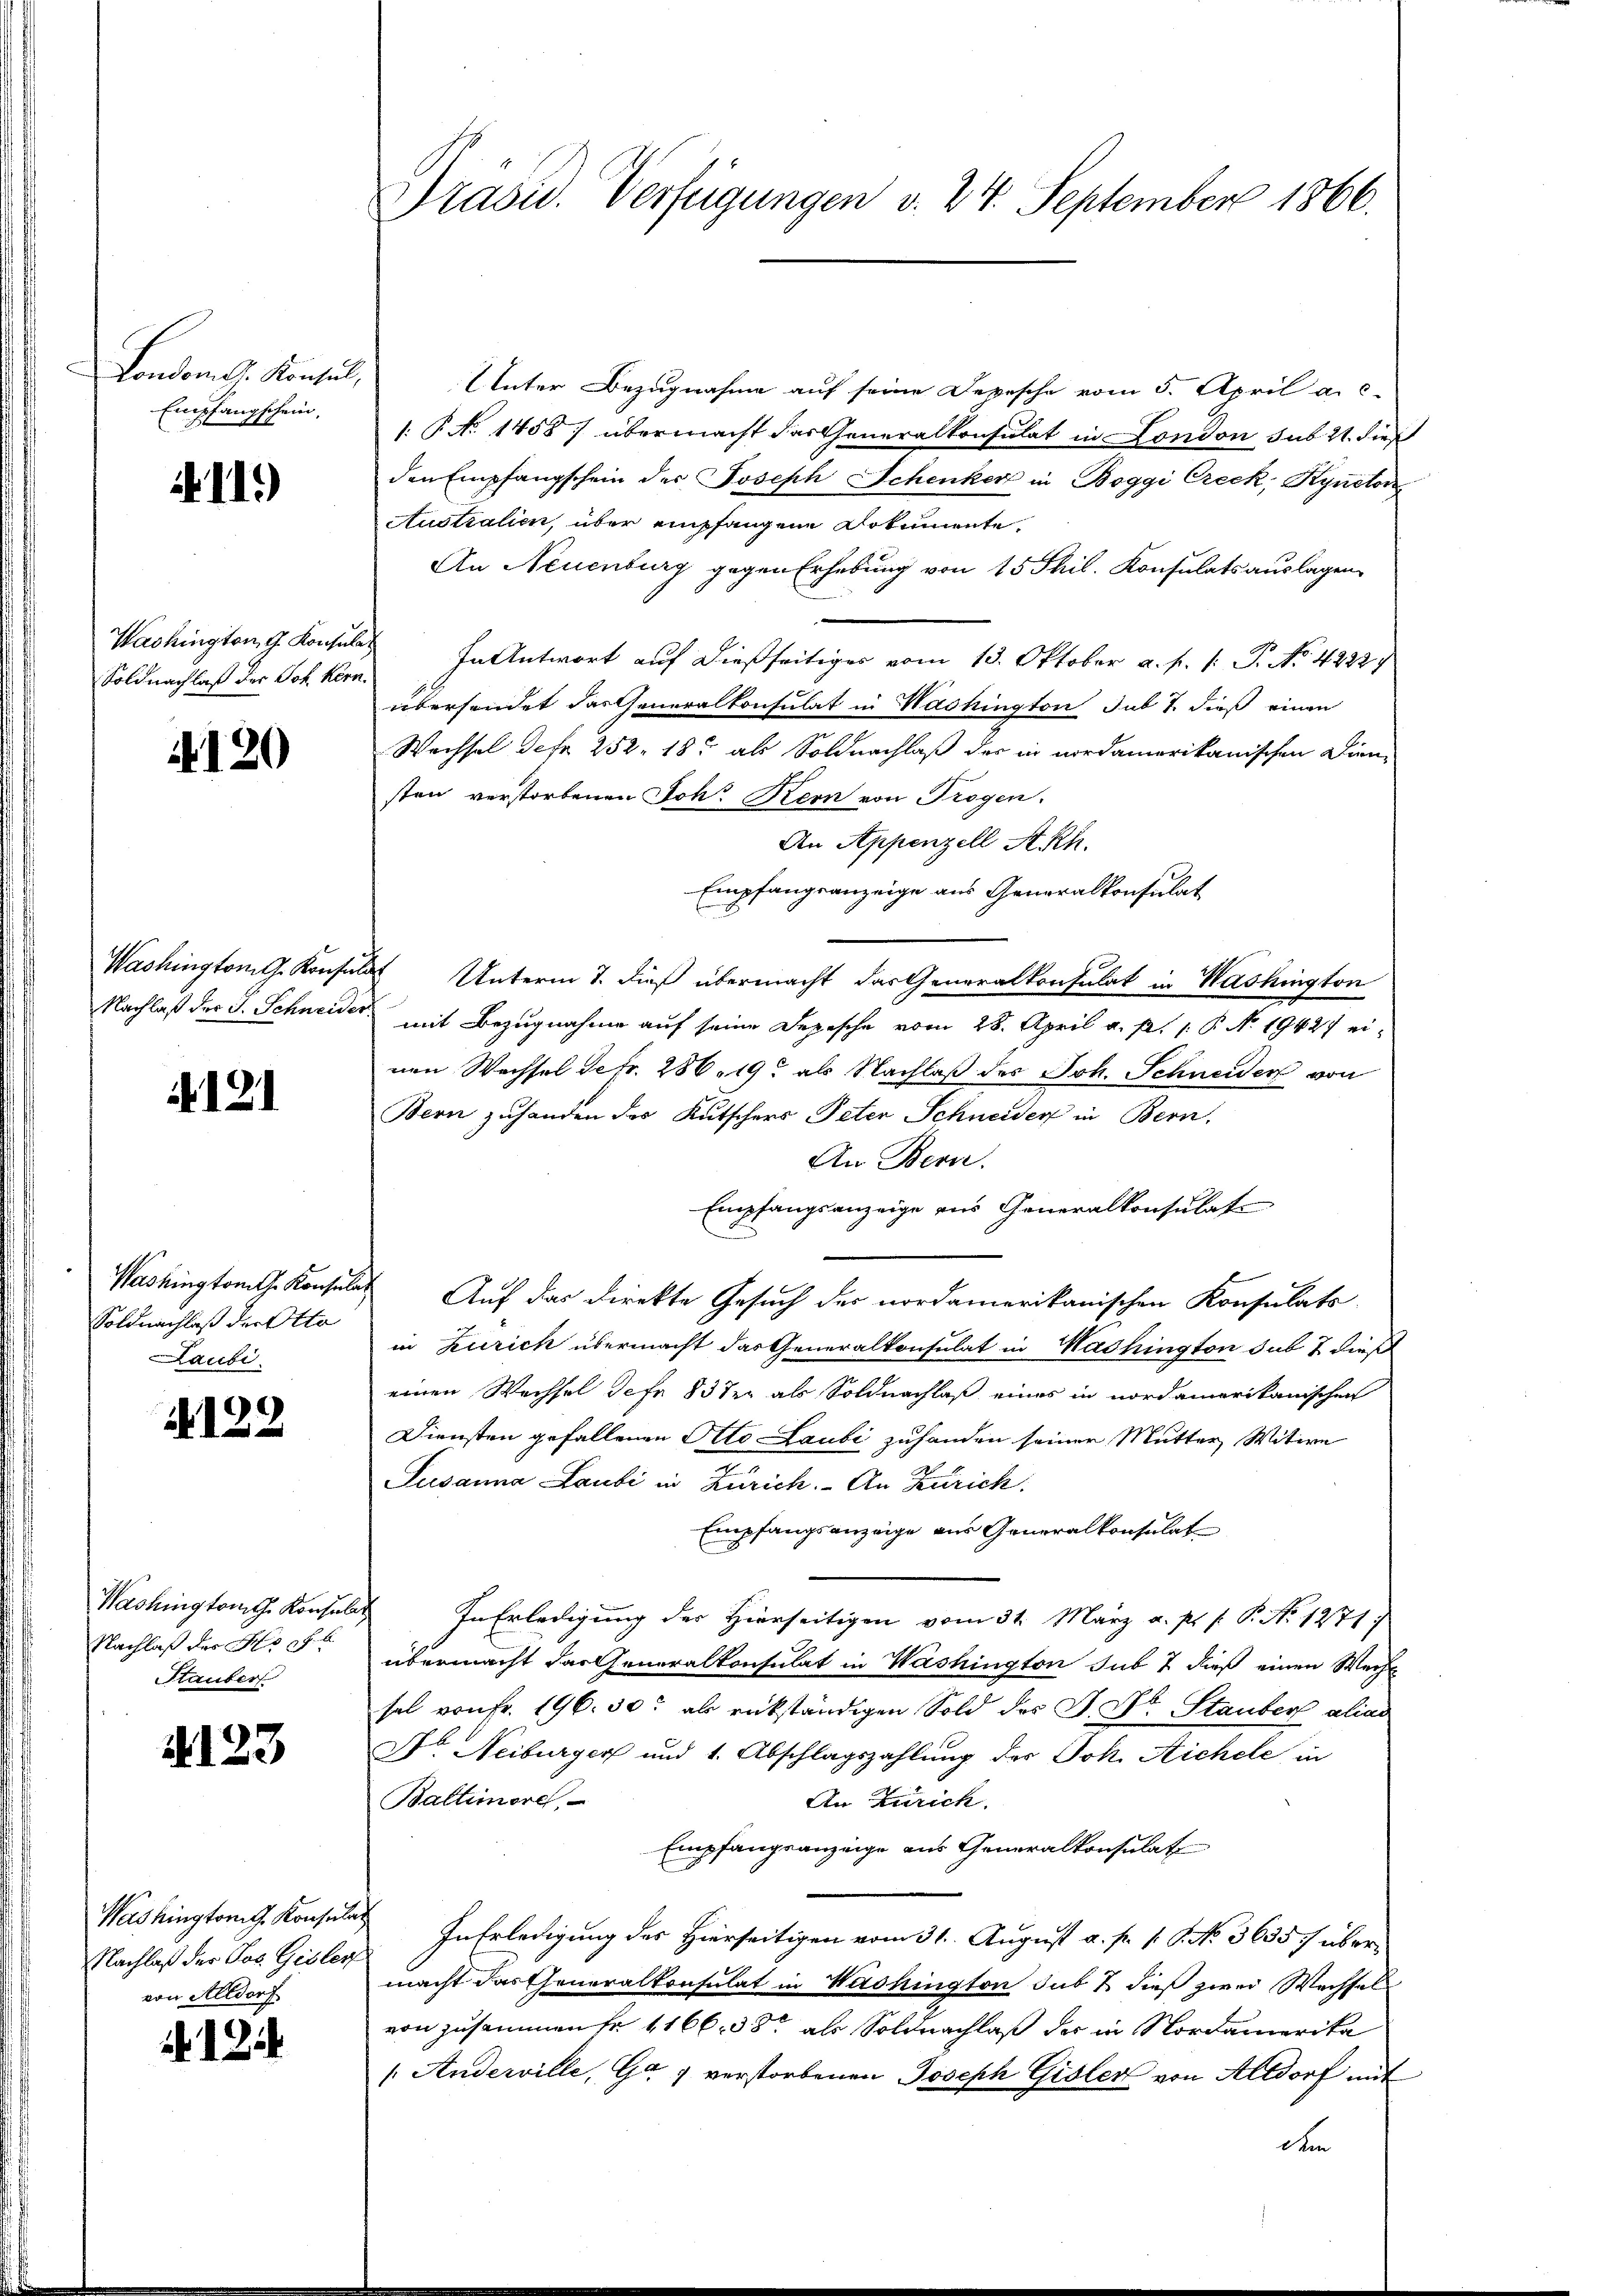
London G. Konsul,
Empfangschein,

411.)

Washington g Konsula
Soldnachlaß der Joh. Kern.

120

Washington G. Konsuls
Nachlaß der J. Schneider

121

Washingtomth. Konsulat
Soldnachlaß der Otto
Laubi

122

Washingtom g. Konsul
Nachlaß der Hoch b
Stauber

4123

Washingtong. Konsula
Nachlaß der Jos. Gisler
von Altdorf

12

Präsid. Verfügungen v. 24. September 1866.

Inter Bezugnahme auf seine Depesche vom 5. April a. c.
1 No 1458/ übermacht das Generalkonsulat in London sub 21. dies
den Empfangschein der Joseph Schenker in Boggi Creck, Kynctor
Australien, über empfangene Dokumente
An Neuenburg gegen Erhebung von 15 Phil. Konsulats auslagen,
In Antwort auf dießseitiges vom 13. Oktober a. f. 1: P. No. 4222
übersendet das Generalkonsulat in Washington sub 7. dieß einen
Wechsel defr. 252. 18 als Soldnachlaß der in nordamerikanischen Diensten verstorbenen Joh. Kern von Trogen.
An Appenzell Akh.
Empfangsanzeige aus Generalkonsulat
 Unterm 1. dieß übermacht das Generalkonsulat in Washington
mit Bezugnahme auf seine Depesche vom 28. April a. p. 1. P. No. 19427 einen Wachsel defr. 286. 19. als Nachlaß des Joh. Schneider von
Bern zuhanden des Kutschers Peter Schneider in Bern.
An Bern.
Empfangsanzeige aus Generalkonsulat
2
Auf das Direkte Gesuch der nordamerikanischen Konsulats
in Zürich übermacht das Generalkonsulat in Washington sub 7 dieß
einen Wechsel defe 83 te als Soldnachlaß eines in nordamerikanischen
Diensten gefallenen Otto Laubi zuhanden seiner Mutter Witwe
Susanna Laubi in Zürich. An Zürich
Empfangsanzeige aus Generalkonsulat
In Erledigung der Hierseitigen vom 31. März a. p. s. P. No 1271)
übermacht das Generalkonsulat in Washington sub 7 dieß einen Wechs
sol von Fr. 196. 30. als rükständigen Sold des J. Wo Stauber alias
Nr Neiburger und 1. Abschlagszahlung des Joh. Sichele in
Baltimore,
An Zürich,
Empfangsanzeige aus Generalkonsulat
InErledigung des Hierseitigen vom 31. August a. p. 1. P. No 3635/ übermacht das Generalkonsulat in Washington sub 2 dieß zwei Wechsel
von zusammen fr 4166. 38 als Soldnachlaß der in Nordamerika
/Anderville, Ge 7 verstorbenen Joseph Gisler von Altdorf mit
dem